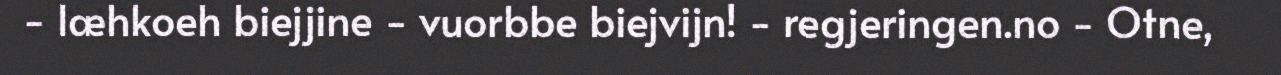
- læhkoeh biejjine - vuorbbe biejvijn! - regjeringen.no - Otne,